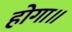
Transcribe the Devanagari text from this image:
होगा॥